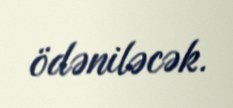
ödəniləcək.